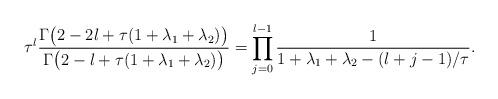
LaTeX: \begin{align*}\tau^l \frac{\Gamma\bigl(2-2l+\tau(1+\lambda_1+\lambda_2)\bigr)}{\Gamma\bigl(2-l+\tau(1+\lambda_1+\lambda_2)\bigr)} =\prod\limits_{j=0}^{l-1}\frac{1}{1+\lambda_1+\lambda_2-(l+j-1)/\tau}.\end{align*}